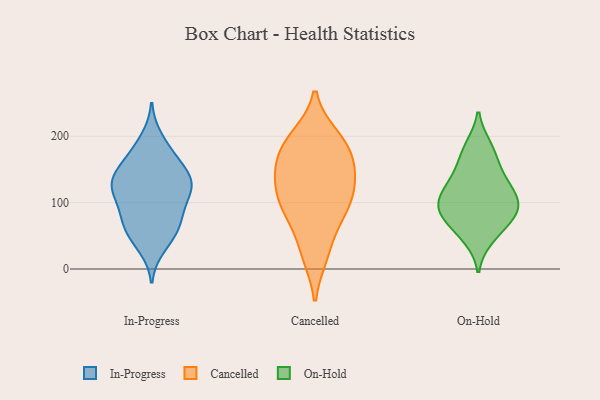
{"axis": {"x": "Shipments", "y": "Value"}, "legend": ["Cancelled", "In-Progress", "On-Hold"], "data": [{"x": "", "y": 97, "type": "In-Progress"}, {"x": "", "y": 176, "type": "In-Progress"}, {"x": "", "y": 152, "type": "In-Progress"}, {"x": "", "y": 137, "type": "In-Progress"}, {"x": "", "y": 46, "type": "In-Progress"}, {"x": "", "y": 33, "type": "In-Progress"}, {"x": "", "y": 71, "type": "In-Progress"}, {"x": "", "y": 59, "type": "In-Progress"}, {"x": "", "y": 59, "type": "In-Progress"}, {"x": "", "y": 83, "type": "In-Progress"}, {"x": "", "y": 127, "type": "In-Progress"}, {"x": "", "y": 121, "type": "In-Progress"}, {"x": "", "y": 130, "type": "In-Progress"}, {"x": "", "y": 118, "type": "In-Progress"}, {"x": "", "y": 132, "type": "In-Progress"}, {"x": "", "y": 152, "type": "In-Progress"}, {"x": "", "y": 173, "type": "In-Progress"}, {"x": "", "y": 119, "type": "In-Progress"}, {"x": "", "y": 83, "type": "In-Progress"}, {"x": "", "y": 197, "type": "In-Progress"}, {"x": "", "y": 25, "type": "Cancelled"}, {"x": "", "y": 106, "type": "Cancelled"}, {"x": "", "y": 77, "type": "Cancelled"}, {"x": "", "y": 114, "type": "Cancelled"}, {"x": "", "y": 186, "type": "Cancelled"}, {"x": "", "y": 199, "type": "Cancelled"}, {"x": "", "y": 183, "type": "Cancelled"}, {"x": "", "y": 89, "type": "Cancelled"}, {"x": "", "y": 21, "type": "Cancelled"}, {"x": "", "y": 197, "type": "Cancelled"}, {"x": "", "y": 160, "type": "Cancelled"}, {"x": "", "y": 80, "type": "Cancelled"}, {"x": "", "y": 141, "type": "Cancelled"}, {"x": "", "y": 144, "type": "Cancelled"}, {"x": "", "y": 118, "type": "Cancelled"}, {"x": "", "y": 152, "type": "Cancelled"}, {"x": "", "y": 148, "type": "On-Hold"}, {"x": "", "y": 123, "type": "On-Hold"}, {"x": "", "y": 77, "type": "On-Hold"}, {"x": "", "y": 84, "type": "On-Hold"}, {"x": "", "y": 46, "type": "On-Hold"}, {"x": "", "y": 90, "type": "On-Hold"}, {"x": "", "y": 185, "type": "On-Hold"}, {"x": "", "y": 106, "type": "On-Hold"}, {"x": "", "y": 182, "type": "On-Hold"}, {"x": "", "y": 53, "type": "On-Hold"}, {"x": "", "y": 76, "type": "On-Hold"}, {"x": "", "y": 128, "type": "On-Hold"}, {"x": "", "y": 100, "type": "On-Hold"}, {"x": "", "y": 156, "type": "On-Hold"}, {"x": "", "y": 117, "type": "On-Hold"}, {"x": "", "y": 93, "type": "On-Hold"}]}